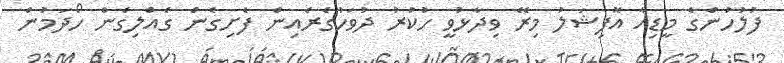
ފުލުހުންގެ މީޑިއާ އޮފިޝަލު މިރޭ ވިދާޅުވީ ހުކުރު ދުވަހުގެރެއިން ފެށިގެން ގެއްލިގެން ހޯދަމުން